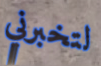
لتخبرني